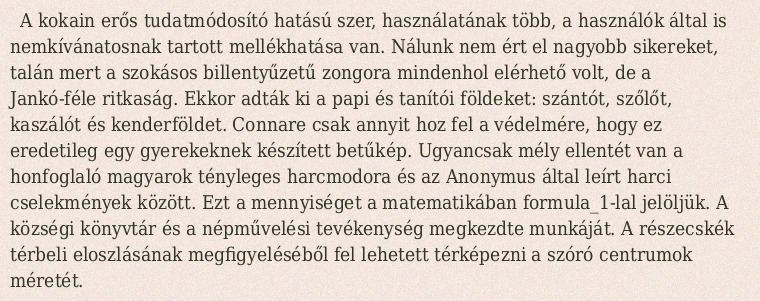
A kokain erős tudatmódosító hatású szer, használatának több, a használók által is nemkívánatosnak tartott mellékhatása van. Nálunk nem ért el nagyobb sikereket, talán mert a szokásos billentyűzetű zongora mindenhol elérhető volt, de a Jankó-féle ritkaság. Ekkor adták ki a papi és tanítói földeket: szántót, szőlőt, kaszálót és kenderföldet. Connare csak annyit hoz fel a védelmére, hogy ez eredetileg egy gyerekeknek készített betűkép. Ugyancsak mély ellentét van a honfoglaló magyarok tényleges harcmodora és az Anonymus által leírt harci cselekmények között. Ezt a mennyiséget a matematikában formula_1-lal jelöljük. A községi könyvtár és a népművelési tevékenység megkezdte munkáját. A részecskék térbeli eloszlásának megfigyeléséből fel lehetett térképezni a szóró centrumok méretét.